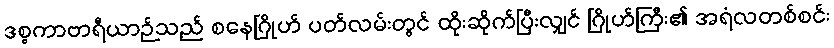
ဒစ္စကာဗာရီယာဉ်သည် စနေဂြိုဟ် ပတ်လမ်းတွင် ထိုးဆိုက်ပြီးလျှင် ဂြိုဟ်ကြီး၏ အရံလတစ်စင်း